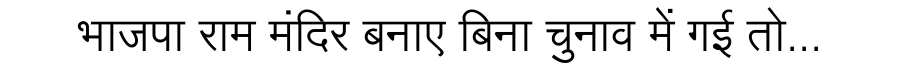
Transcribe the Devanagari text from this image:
भाजपा राम मंदिर बनाए बिना चुनाव में गई तो...